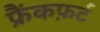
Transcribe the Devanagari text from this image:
फ्रैंकफ़र्ट